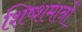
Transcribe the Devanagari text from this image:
शिष्शमानों